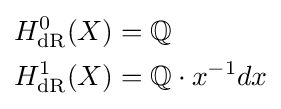
{\begin{aligned}H_{\text{dR}}^{0}(X)&=\mathbb {Q} \\H_{\text{dR}}^{1}(X)&=\mathbb {Q} \cdot x^{-1}dx\end{aligned}}